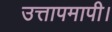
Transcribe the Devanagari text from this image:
उत्तापमापी।